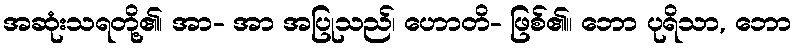
အဆုံးသရတို့၏၊ အာ- အာ အပြုသည်၊ ဟောတိ- ဖြစ်၏။ ဘော ပုရိသာ, ဘော